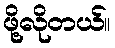
ဖို့လိုတယ်။